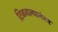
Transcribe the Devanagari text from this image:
टिकवल्यानंतर